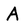
Character: A